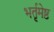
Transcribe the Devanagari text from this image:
भर्तृमेष्ठ